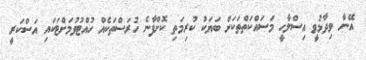
އޭނާ ވިދާޅުވީ އިސްލާހީ މަސައްކަތްތަކަށް ބަޔަކު ކުރިމަތި ކޮށްފާނެ ހުރަސްތަކެއް ހުއްޓުވުމަށްޓަކައި އަސްކަރީ